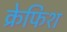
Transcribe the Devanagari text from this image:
क्रेफिश